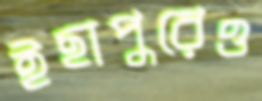
ইছাপুরেও